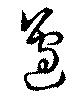
邊